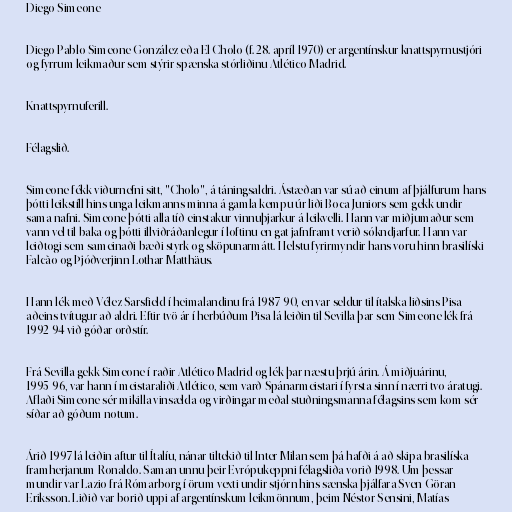
Diego Simeone

Diego Pablo Simeone González eða El Cholo (f. 28. apríl 1970) er argentínskur knattspyrnustjóri
og fyrrum leikmaður sem stýrir spænska stórliðinu Atlético Madrid.

Knattspyrnuferill.

Félagslið.

Simeone fékk viðurnefni sitt, "Cholo", á táningsaldri. Ástæðan var sú að einum af þjálfurum hans
þótti leikstíll hins unga leikmanns minna á gamla kempu úr liði Boca Juniors sem gekk undir
sama nafni. Simeone þótti alla tíð einstakur vinnuþjarkur á leikvelli. Hann var miðjumaður sem
vann vel til baka og þótti illviðráðanlegur í loftinu en gat jafnframt verið sókndjarfur. Hann var
leiðtogi sem sameinaði bæði styrk og sköpunarmátt. Helstu fyrirmyndir hans voru hinn brasilíski
Falcão og Þjóðverjinn Lothar Matthäus.

Hann lék með Vélez Sarsfield í heimalandinu frá 1987-90, en var seldur til ítalska liðsins Pisa
aðeins tvítugur að aldri. Eftir tvö ár í herbúðum Pisa lá leiðin til Sevilla þar sem Simeone lék frá
1992-94 við góðar orðstír.

Frá Sevilla gekk Simeone í raðir Atlético Madrid og lék þar næstu þrjú árin. Á miðjuárinu,
1995-96, var hann í meistaraliði Atlético, sem varð Spánarmeistari í fyrsta sinn í nærri tvo áratugi.
Aflaði Simeone sér mikilla vinsælda og virðingar meðal stuðningsmanna félagsins sem kom sér
síðar að góðum notum.

Árið 1997 lá leiðin aftur til Ítalíu, nánar tiltekið til Inter Milan sem þá hafði á að skipa brasilíska
framherjanum Ronaldo. Saman unnu þeir Evrópukeppni félagsliða vorið 1998. Um þessar
mundir var Lazio frá Rómarborg í örum vexti undir stjórn hins sænska þjálfara Sven-Göran
Eriksson. Liðið var borið uppi af argentínskum leikmönnum, þeim Néstor Sensini, Matías